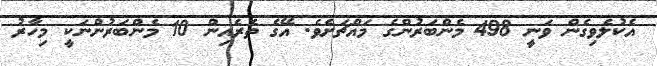
އެކުލެވިގެން ވަނީ 498 މެންބަރުންގެ މައްޗަށެވެ. އޭގެ ތެރެއިން 10 މެންބަރުންނަކީ މިހާރު